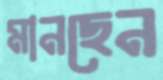
মানছেন